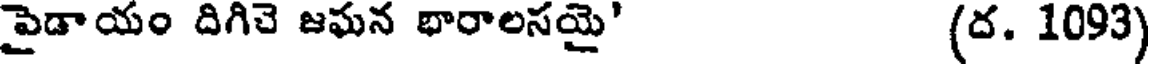
పైడాయం దిగిచె జఘన భారాలసయై' (ద. 1093)